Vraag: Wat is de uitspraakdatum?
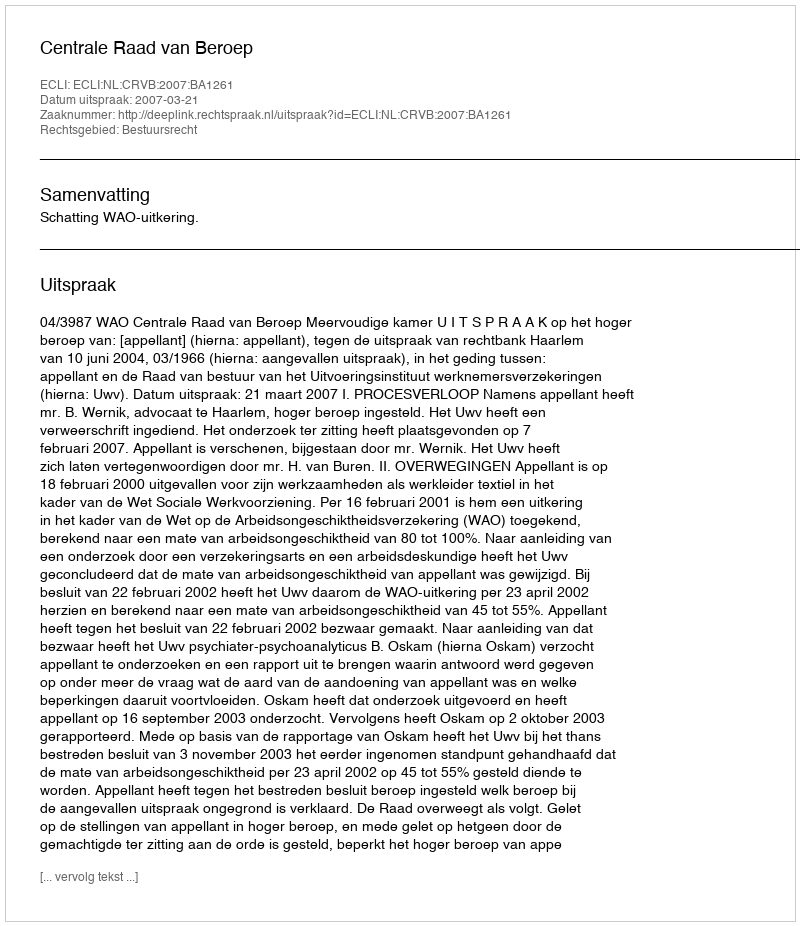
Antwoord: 2007-03-21